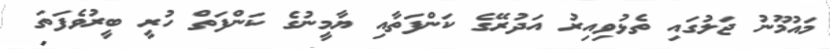
މައުމޫނު ޖަލުގައި ތެޅުވިއިރު އަދުރޭގެ ކަންފަތާއި ޔާމީނުގެ ކަންފަތް ހުރީ ބީރުވެފަތަ